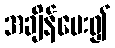
အချိန်ပေး၍